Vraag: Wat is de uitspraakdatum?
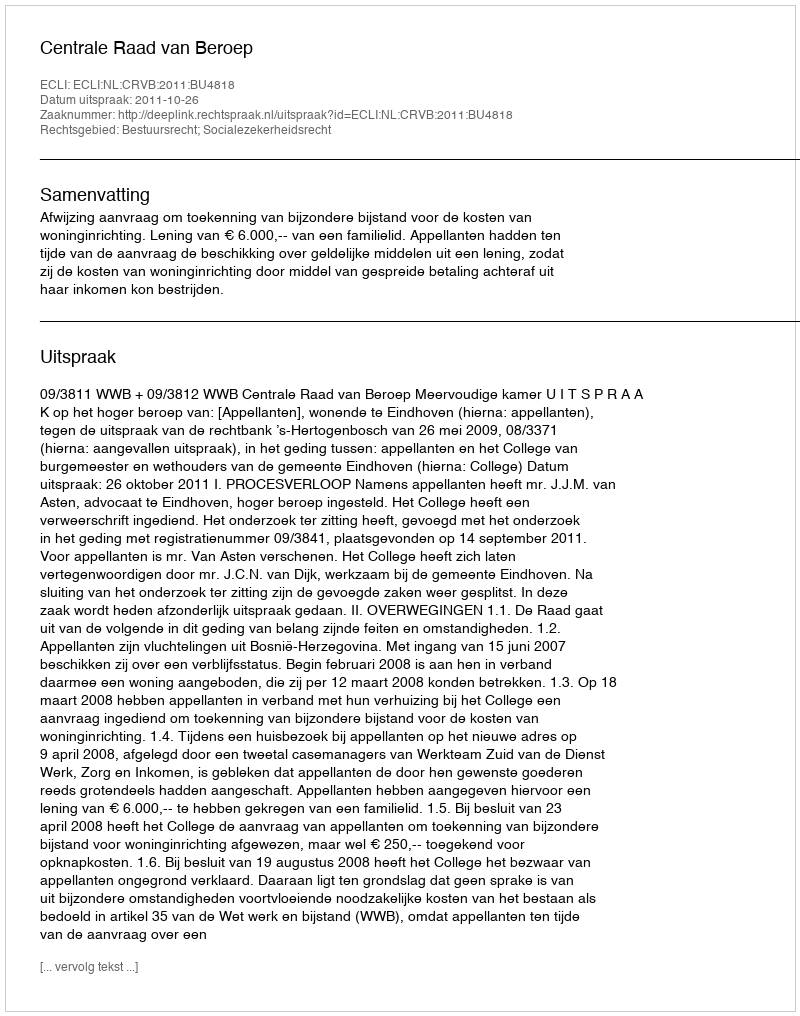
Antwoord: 2011-10-26